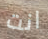
انت